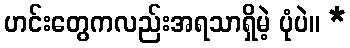
ဟင်းတွေကလည်းအရသာရှိမဲ့ ပုံပဲ။ *